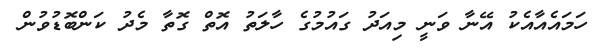
ހަމައެއާއެކު އޭނާ ވަނީ މިއަދު ގައުމުގެ ހާލަތު އޮތް ގޮތާ މެދު ކަންބޮޑުވުން